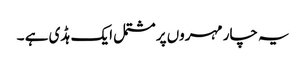
یہ چار مہروں پر مشتمل ایک ہڈی ہے ۔